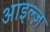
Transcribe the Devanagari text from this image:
आइल्ज़